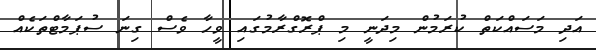
އަދި މަސައްކަތް ކުރަމުން މިދަނީ މި ޕްރޮގްރާމުގައި ވީހާ ވެސް ގިނަ ސުޕަމާޓްތަކެއް